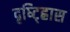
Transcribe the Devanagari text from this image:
दृष्ट्ह्रािस